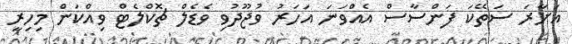
އަށާރަ ސަތޭކަ ފަންސާސް އެއްވަނަ އަހަރު ވުޖޫދުވި ވެޑެލް ޗޮކްލެޓް ވިއްކަން މިހިރީ